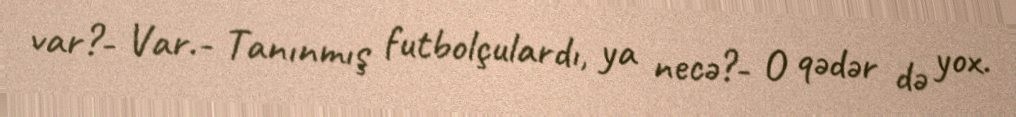
var?- Var.- Tanınmış futbolçulardı, ya necə?- O qədər də yox.